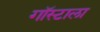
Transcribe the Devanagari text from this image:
गॉस्टाला